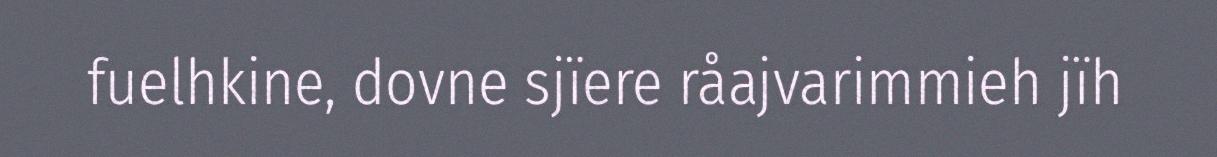
fuelhkine, dovne sjïere råajvarimmieh jïh